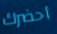
أحضرك